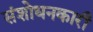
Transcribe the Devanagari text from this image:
संशोधनकारी